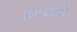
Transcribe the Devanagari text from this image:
सप्तनदियों